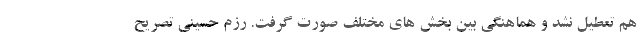
هم تعطیل نشد و هماهنگی بین بخش های مختلف صورت گرفت. رزم حسینی تصریح